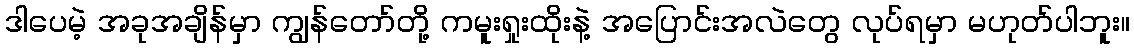
ဒါပေမဲ့ အခုအချိန်မှာ ကျွန်တော်တို့ ကမူးရှုးထိုးနဲ့ အပြောင်းအလဲတွေ လုပ်ရမှာ မဟုတ်ပါဘူး။